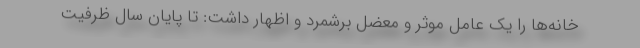
خانه‌ها را یک عامل موثر و معضل برشمرد و اظهار داشت: تا پایان سال ظرفیت